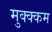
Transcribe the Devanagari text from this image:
मुक्क्कम